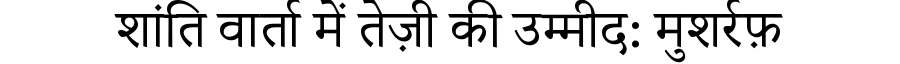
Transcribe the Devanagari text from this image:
शांति वार्ता में तेज़ी की उम्मीद: मुशर्रफ़